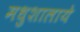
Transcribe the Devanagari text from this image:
मधुशालाये